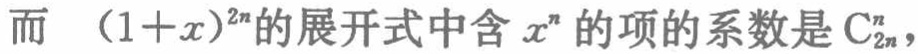
而 \((1 + x)^{2n}\)的展开式中含\(x^{n}\)的项的系数是\(\mathrm{C}_{2n}^{n}\)，